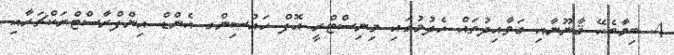
4. ބިމާބެހޭ ޤާނޫނާއި ގަވާއިދުތައް ހެދުމުގައި މިނިސްޓްރީ އޮފް ހައުސިންގ އެންޑް އިންފްރާސްޓްރަކްޗަރާއި